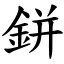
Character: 鉼